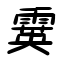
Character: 霙